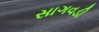
સાગવડી